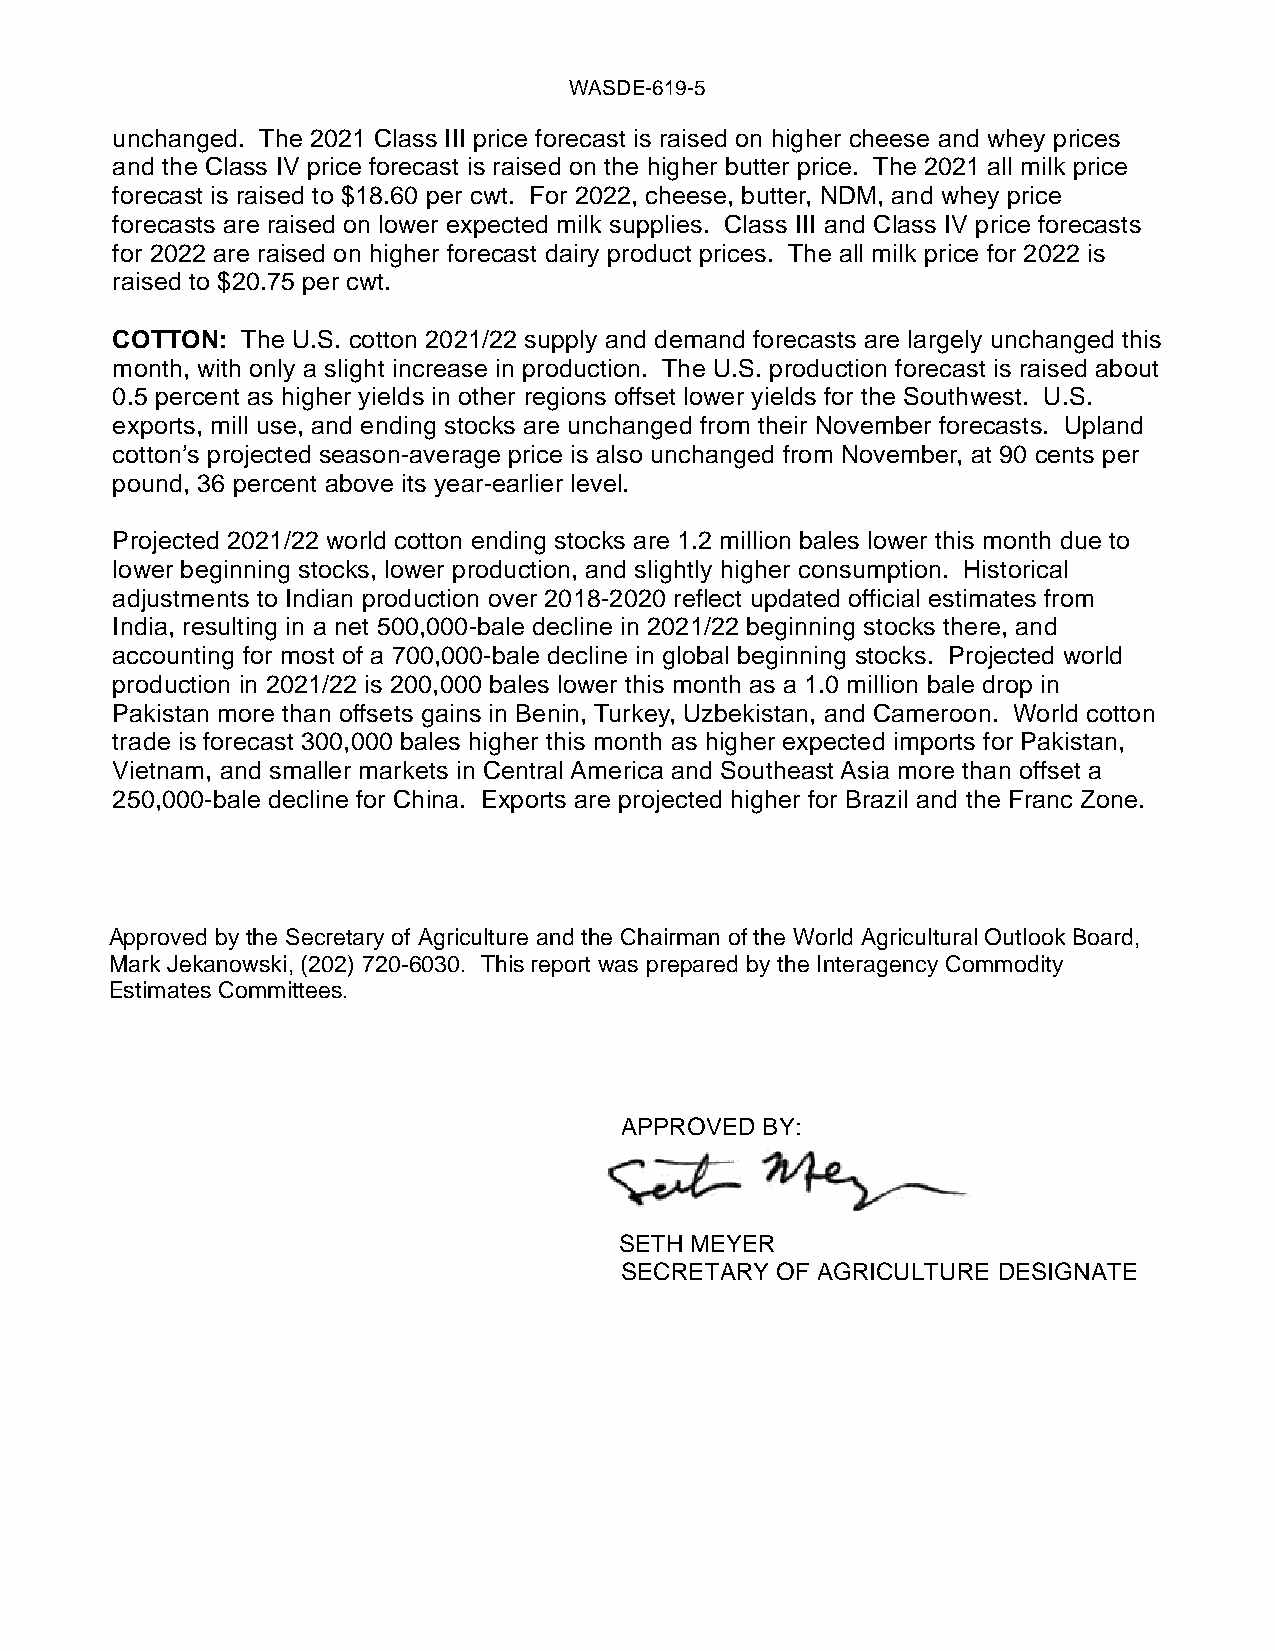
WASDE-619-5
 unchanged. The 2021 Class III price forecast is raised on higher cheese and whey prices
 and the Class IV price forecast is raised on the higher butter price. The 2021 all milk price
 forecast is raised to $18.60 per cwt. For 2022, cheese, butter, NDM, and whey price
 forecasts are raised on lower expected milk supplies. Class III and Class IV price forecasts
 for 2022 are raised on higher forecast dairy product prices. The all milk price for 2022 is
 raised to $20.75 per cwt.
 COTTON:  The U.S. cotton 2021/22 supply and demand forecasts are largely unchanged this
 month, with only a slight increase in production. The U.S. production forecast is raised about
 0.5 percent as higher yields in other regions offset lower yields for the Southwest. U.S.
 exports, mill use, and ending stocks are unchanged from their November forecasts. Upland
 cotton’s projected season-average price is also unchanged from November, at 90 cents per
 pound, 36 percent above its year-earlier level.
 Projected 2021/22 world cotton ending stocks are 1.2 million bales lower this month due to
 lower beginning stocks, lower production, and slightly higher consumption. Historical
 adjustments to Indian production over 2018-2020 reflect updated official estimates from
 India, resulting in a net 500,000-bale decline in 2021/22 beginning stocks there, and
 accounting for most of a 700,000-bale decline in global beginning stocks. Projected world
 production in 2021/22 is 200,000 bales lower this month as a 1.0 million bale drop in
 Pakistan more than offsets gains in Benin, Turkey, Uzbekistan, and Cameroon. World cotton
 trade is forecast 300,000 bales higher this month as higher expected imports for Pakistan,
 Vietnam, and smaller markets in Central America and Southeast Asia more than offset a
 250,000-bale decline for China. Exports are projected higher for Brazil and the Franc Zone.
 Approved by the Secretary of Agriculture and the Chairman of the World Agricultural Outlook Board,
 Mark Jekanowski, (202) 720-6030. This report was prepared by the Interagency Commodity
 Estimates Committees.
 APPROVED BY:
 SETH MEYER
 SECRETARY OF AGRICULTURE DESIGNATE